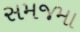
સમજમા